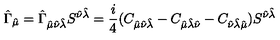
\hat { \Gamma } _ { \hat { \mu } } = \hat { \Gamma } _ { \hat { \mu } \hat { \nu } \hat { \lambda } } S ^ { \hat { \nu } \hat { \lambda } } = \frac { i } { 4 } ( C _ { \hat { \mu } \hat { \nu } \hat { \lambda } } - C _ { \hat { \mu } \hat { \lambda } \hat { \nu } } - C _ { \hat { \nu } \hat { \lambda } \hat { \mu } } ) S ^ { \hat { \nu } \hat { \lambda } }